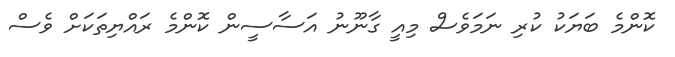
ކޮންމެ ބަޔަކު ކުރި ނަމަވެސް މިއީ ގާނޫނު އަސާސީން ކޮންމެ ރައްޔިތަކަށް ވެސް